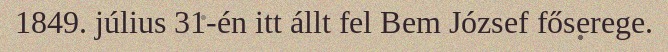
1849. július 31-én itt állt fel Bem József főserege.